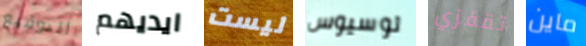
التوقيع ايديهم ليست لوسيوس تقفزي ماين